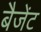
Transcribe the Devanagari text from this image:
बैजेंट